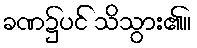
ခဏ၌ပင် သိသွား၏။